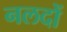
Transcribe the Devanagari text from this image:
नलदों